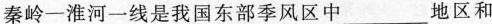
秦岭——淮河一线是我国东部季风区中___地区和